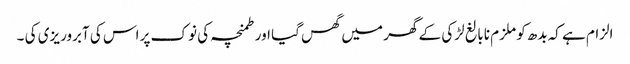
الزام ہے کہ بدھ کو ملزم نابالغ لڑکی کے گھر میں گھس گیا اور طمنچہ کی نوک پر اس کی آبروریزی کی ۔